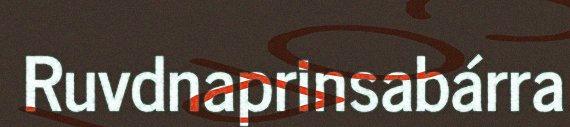
Ruvdnaprinsabárra